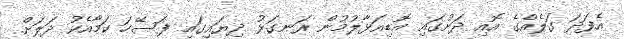
އެފަދަ ގަލެއްގެ އޮއި ދަށުގައި އޮޑިއަޅާލުމުން ރަނގަޅު ދިޔައިގައި ފަސޭހަ ކަމާއެކު ދަލަށް